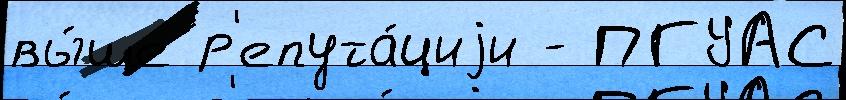
вы́ше р'епута́циjи - ПГУАС